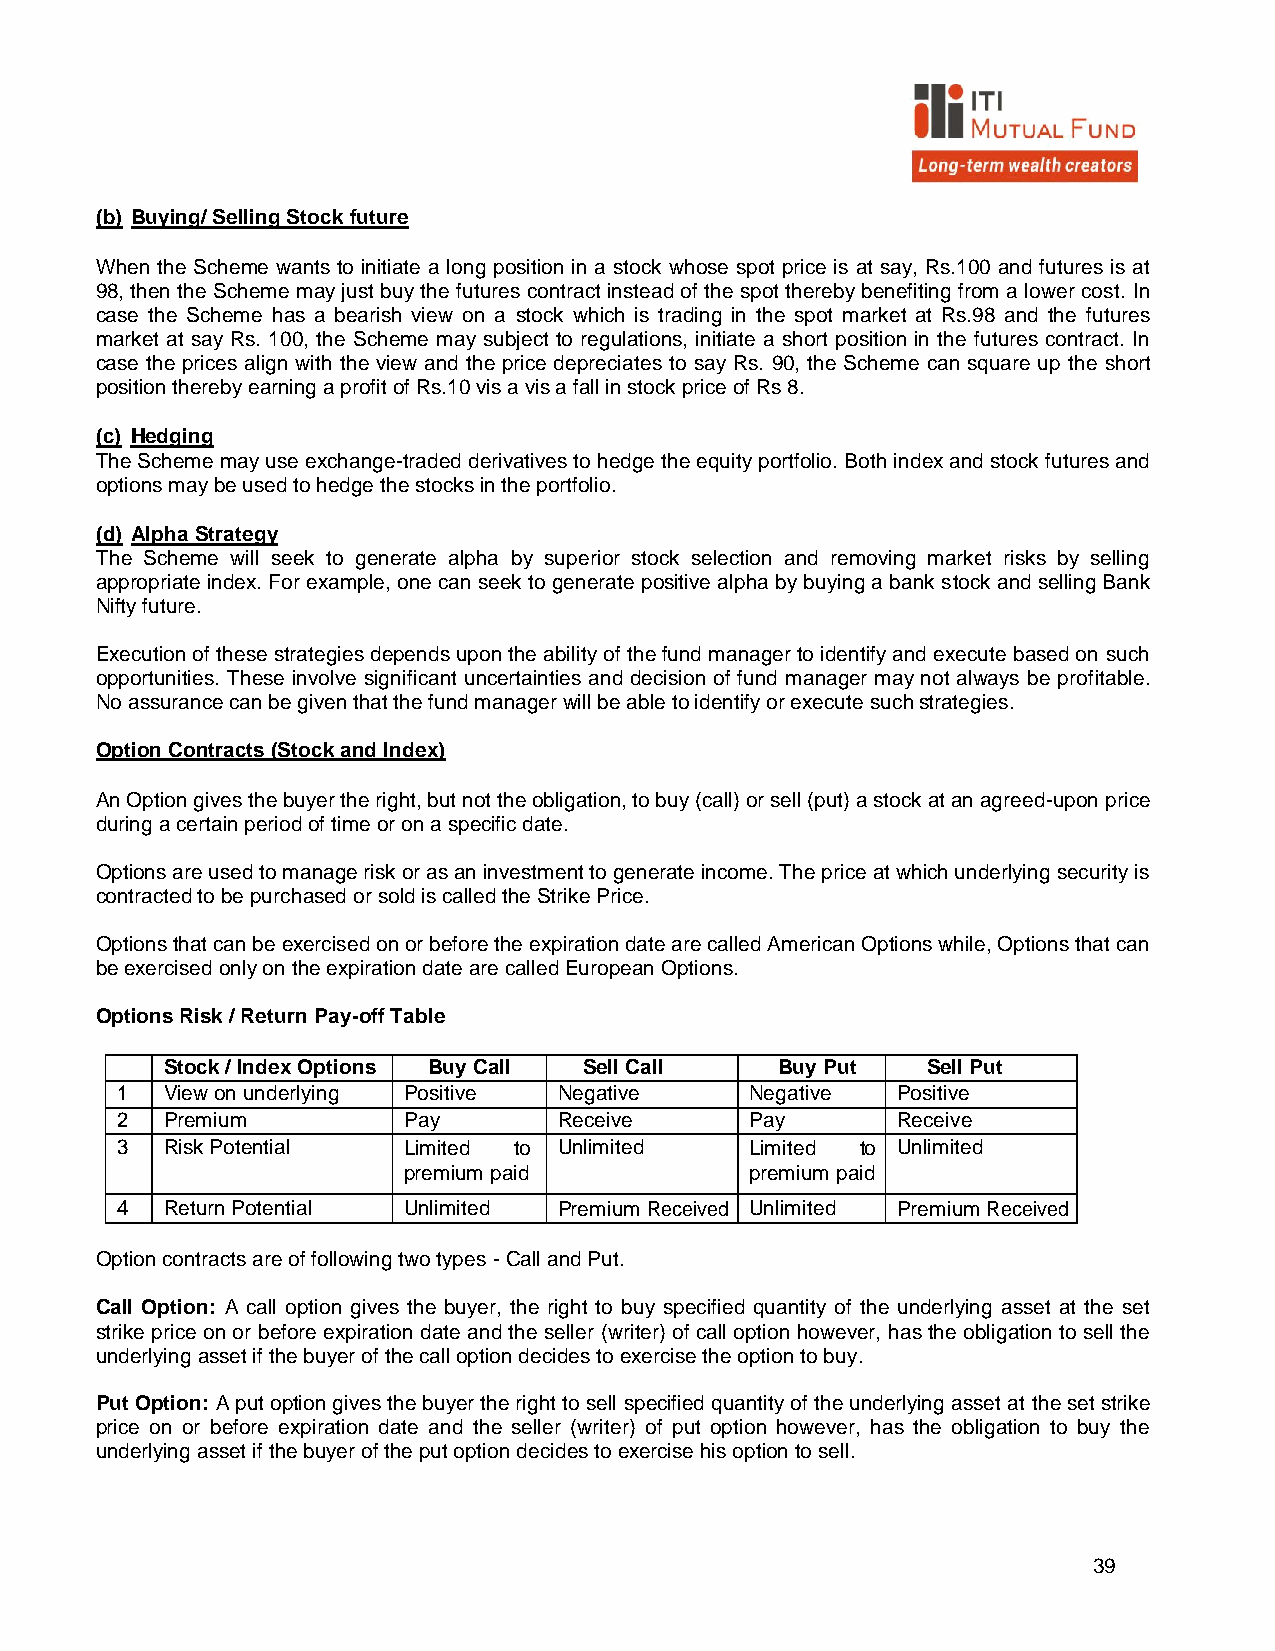
(b) Buying/ Selling Stock future
 When the Scheme wants to initiate a long position in a stock whose spot price is at say, Rs.100 and futures is at
 98, then the Scheme may just buy the futures contract instead of the spot thereby benefiting from a lower cost. In
 case the Scheme has a bearish view on a stock which is trading in the spot market at Rs.98 and the futures
 market at say Rs. 100, the Scheme may subject to regulations, initiate a short position in the futures contract. In
 case the prices align with the view and the price depreciates to say Rs. 90, the Scheme can square up the short
 position thereby earning a profit of Rs.10 vis a vis a fall in stock price of Rs 8.
 (c) Hedging
 The Scheme may use exchange-traded derivatives to hedge the equity portfolio. Both index and stock futures and
 options may be used to hedge the stocks in the portfolio.
 (d) Alpha Strategy
 The Scheme will seek to generate alpha by superior stock selection and removing market risks by selling
 appropriate index. For example, one can seek to generate positive alpha by buying a bank stock and selling Bank
 Nifty future.
 Execution of these strategies depends upon the ability of the fund manager to identify and execute based on such
 opportunities. These involve significant uncertainties and decision of fund manager may not always be profitable.
 No assurance can be given that the fund manager will be able to identify or execute such strategies.
 Option Contracts (Stock and Index)
 An Option gives the buyer the right, but not the obligation, to buy (call) or sell (put) a stock at an agreed-upon price
 during a certain period of time or on a specific date.
 Options are used to manage risk or as an investment to generate income. The price at which underlying security is
 contracted to be purchased or sold is called the Strike Price.
 Options that can be exercised on or before the expiration date are called American Options while, Options that can
 be exercised only on the expiration date are called European Options.
 Options Risk / Return Pay-off Table
 Stock / Index Options Buy Call Sell Call Buy Put  Sell Put
 1  View on underlying Positive Negative   Negative Positive
 2  Premium         Pay       Receive      Pay      Receive
 3  Risk Potential  Limited to Unlimited   Limited to Unlimited
 premium paid           premium paid
 4  Return Potential Unlimited Premium Received Unlimited Premium Received
 Option contracts are of following two types - Call and Put.
 Call Option: A call option gives the buyer, the right to buy specified quantity of the underlying asset at the set
 strike price on or before expiration date and the seller (writer) of call option however, has the obligation to sell the
 underlying asset if the buyer of the call option decides to exercise the option to buy.
 Put Option: A put option gives the buyer the right to sell specified quantity of the underlying asset at the set strike
 price on or before expiration date and the seller (writer) of put option however, has the obligation to buy the
 underlying asset if the buyer of the put option decides to exercise his option to sell.
 39